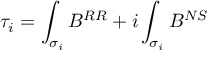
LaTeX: \tau _ { i } = \int _ { \sigma _ { i } } B ^ { R R } + i \int _ { \sigma _ { i } } B ^ { N S }